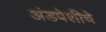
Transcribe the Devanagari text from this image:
अंडपेशीचे